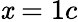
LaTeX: \mathit{x}=1c